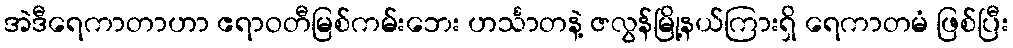
အဲဒီရေကာတာဟာ ဧရာဝတီမြစ်ကမ်းဘေး ဟင်္သာတနဲ့ ဇလွန်မြို့နယ်ကြားရှိ ရေကာတမံ ဖြစ်ပြီး